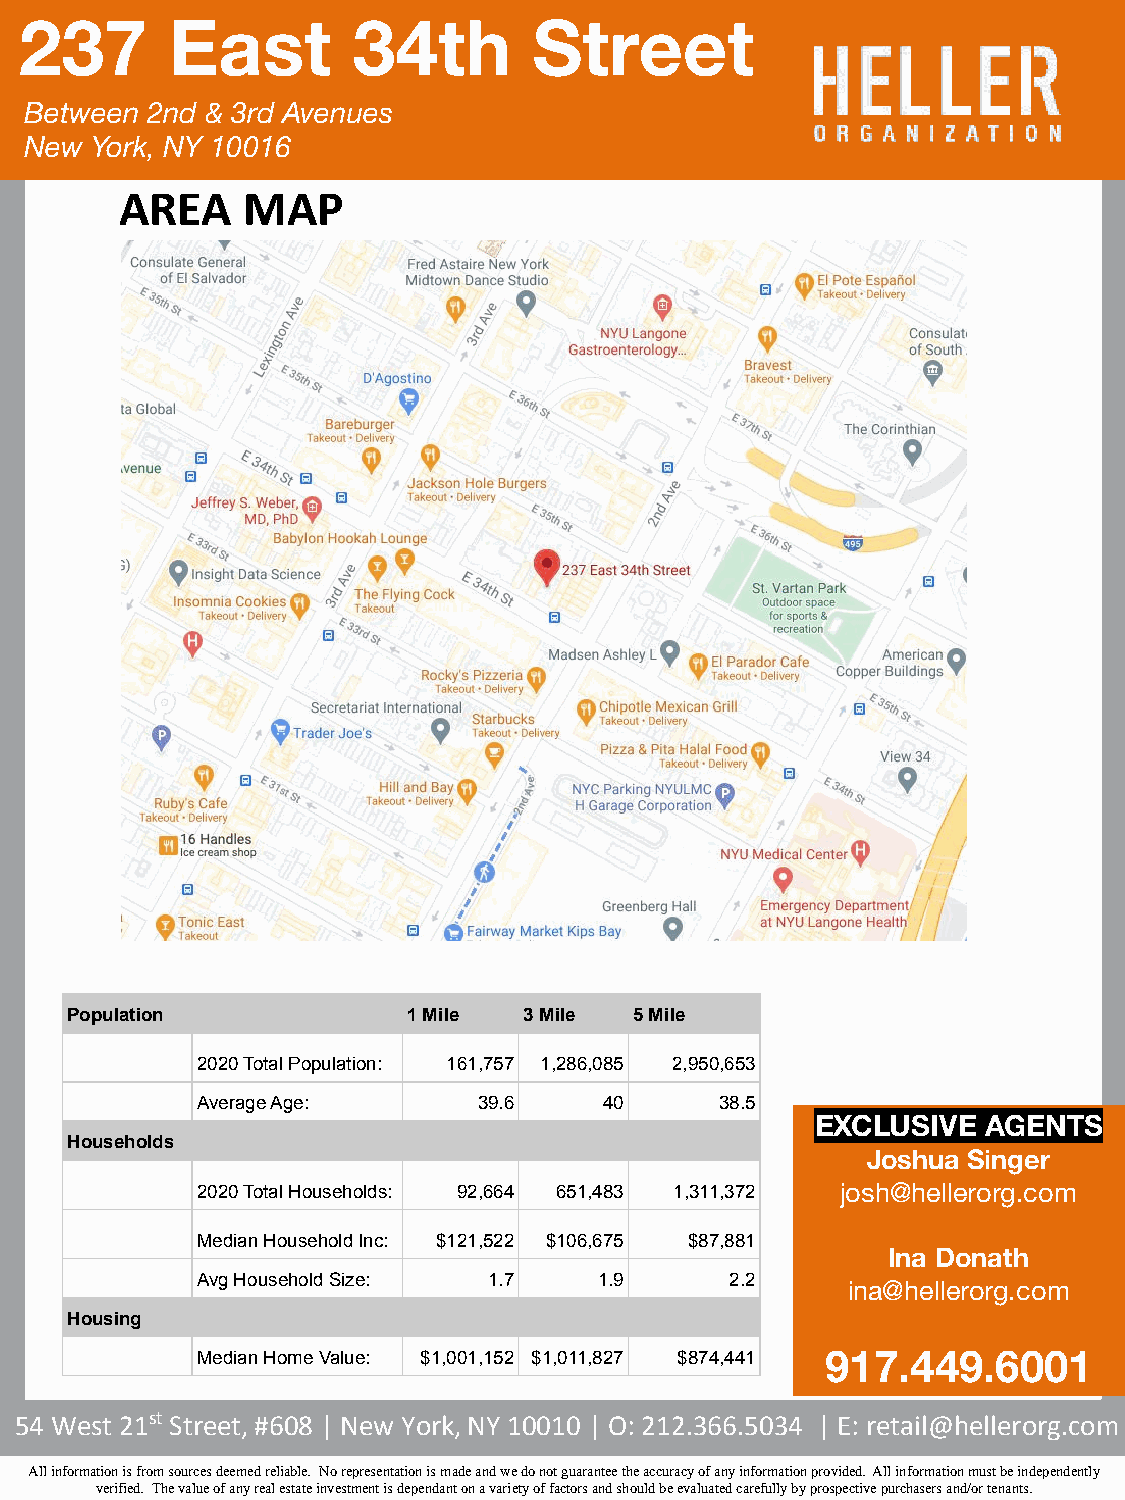
237       East        34th        Street
 Between 2nd & 3rd Avenues
 New York, NY 10016
 AREA    MAP
 Population             1 Mile  3 Mile 5 Mile
 2020 Total Population: 161,757 1,286,085 2,950,653
 Average Age:       39.6    40      38.5
 EXCLUSIVE  AGENTS
 Households
 Joshua Singer
 2020 Total Households: 92,664 651,483 1,311,372 josh@hellerorg.com
 Median Household Inc: $121,522 $106,675 $87,881
 Ina Donath
 Avg Household Size: 1.7    1.9     2.2
 ina@hellerorg.com
 Housing
 212.366.5034
 Median Home Value: $1,001,152 $1,011,827 $874,441 917.449.6001
 54 West 21st Street, #608 | New York, NY 10010 | O: 212.366.5034 | E: retail@hellerorg.com
 All information is from sources deemed reliable. No representation is made and we do not guarantee the accuracy of any information provided. All information must be independently
 verified. The value of any real estate investment is dependant on a variety of factors and should be evaluated carefully by prospective purchasers and/or tenants.